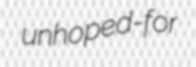
unhoped-for